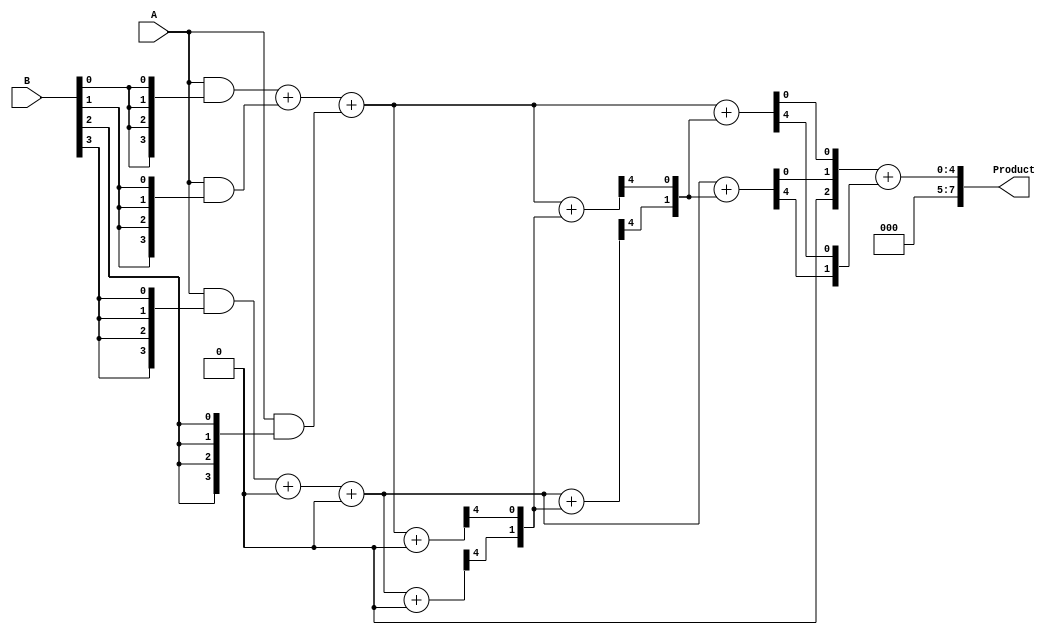
module WallaceTreeMultiplier #(parameter N = 4) (
    input [N-1:0] A,
    input [N-1:0] B,
    output reg [2*N-1:0] Product
);

    // Partial product generation
    wire [N-1:0] pp [N-1:0]; // Partial products
    genvar i, j;
    generate
        for (i = 0; i < N; i = i + 1) begin : pp_gen
            assign pp[i] = A & {N{B[i]}}; // AND operation to generate partial products
        end
    endgenerate

    // Reduction stage
    wire [N-1:0] sum [N-1:0]; // Sums of partial products
    wire [N-1:0] carry [N-1:0]; // Carries from adders

    // Initial assignment of partial products to the first row of the reduction
    assign sum[0] = pp[0];
    assign carry[0] = 0;

    // Wallace Tree Reduction
    generate
        for (i = 0; i < N-1; i = i + 1) begin : reduction
            for (j = 0; j < (N-1)/3 + 1; j = j + 1) begin : adders
                if (j*3 < N) begin
                    wire [N-1:0] a, b, c;
                    assign a = (j*3 + 0 < N) ? pp[j*3 + 0] : 0;
                    assign b = (j*3 + 1 < N) ? pp[j*3 + 1] : 0;
                    assign c = (j*3 + 2 < N) ? pp[j*3 + 2] : 0;

                    // Full adder for three inputs
                    wire [N-1:0] sum_out;
                    wire carry_out;
                    assign {carry_out, sum_out} = a + b + c + carry[i];

                    assign sum[i+1][j] = sum_out;
                    assign carry[i+1][j] = carry_out;
                end
            end
        end
    endgenerate

    // Final addition of the last two rows
    wire [2*N-1:0] final_sum;
    wire [2*N-1:0] final_carry;

    assign final_sum = sum[N-1] + carry[N-1];

    // Assign the final product
    always @(*) begin
        Product = final_sum;
    end

endmodule